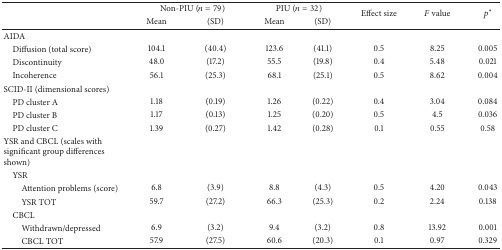
<table><thead><tr><td rowspan="2"><b> </b></td><td colspan="2"><b>Non-PIU (<i>n</i> = 79)</b></td><td colspan="2"><b>PIU (<i>n</i> = 32)</b></td><td rowspan="2"><b>Effect size</b></td><td rowspan="2"><b><i>F</i> value</b></td><td rowspan="2"><b><i>p</i><sup><i>∗</i></sup></b></td></tr><tr><td><b>Mean</b></td><td><b>(SD)</b></td><td><b>Mean</b></td><td><b>(SD)</b></td></tr></thead><tbody><tr><td>AIDA</td><td colspan="7"> </td></tr><tr><td> Diffusion (total score)</td><td>104.1</td><td>(40.4)</td><td>123.6</td><td>(41.1)</td><td>0.5</td><td>8.25</td><td>0.005</td></tr><tr><td> Discontinuity</td><td>48.0</td><td>(17.2)</td><td>55.5</td><td>(19.8)</td><td>0.4</td><td>5.48</td><td>0.021</td></tr><tr><td> Incoherence</td><td>56.1</td><td>(25.3)</td><td>68.1</td><td>(25.1)</td><td>0.5</td><td>8.62</td><td>0.004</td></tr><tr><td>SCID-II (dimensional scores)</td><td colspan="7"> </td></tr><tr><td> PD cluster A</td><td>1.18</td><td>(0.19)</td><td>1.26</td><td>(0.22)</td><td>0.4</td><td>3.04</td><td>0.084</td></tr><tr><td> PD cluster B</td><td>1.17</td><td>(0.13)</td><td>1.25</td><td>(0.20)</td><td>0.5</td><td>4.5</td><td>0.036</td></tr><tr><td> PD cluster C</td><td>1.39</td><td>(0.27)</td><td>1.42</td><td>(0.28)</td><td>0.1</td><td>0.55</td><td>0.58</td></tr><tr><td>YSR and CBCL (scales with significant group differences shown)</td><td colspan="7"> </td></tr><tr><td> YSR</td><td colspan="7"> </td></tr><tr><td>Attention problems (score)</td><td>6.8</td><td>(3.9)</td><td>8.8</td><td>(4.3)</td><td>0.5</td><td>4.20</td><td>0.043</td></tr><tr><td>YSR TOT</td><td>59.7</td><td>(27.2)</td><td>66.3</td><td>(25.3)</td><td>0.2</td><td>2.24</td><td>0.138</td></tr><tr><td> CBCL</td><td colspan="7"> </td></tr><tr><td>Withdrawn/depressed</td><td>6.9</td><td>(3.2)</td><td>9.4</td><td>(3.2)</td><td>0.8</td><td>13.92</td><td>0.001</td></tr><tr><td>CBCL TOT</td><td>57.9</td><td>(27.5)</td><td>60.6</td><td>(20.3)</td><td>0.1</td><td>0.97</td><td>0.329</td></tr></tbody></table>